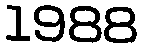
1988